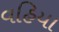
વહિયા